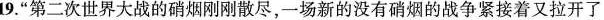
9.”第二次世界大战的硝烟刚刚散尽，一场新的没有硝烟的战争紧接着又拉开了